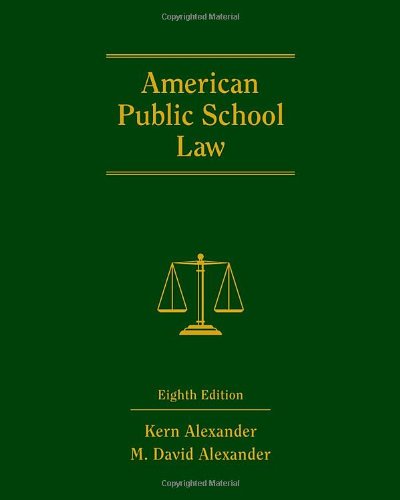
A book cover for American Public School Law; Kern Alexander; Law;